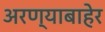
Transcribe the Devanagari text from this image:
अरण्याबाहेर